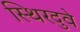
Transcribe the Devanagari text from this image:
स्थिरदुवे